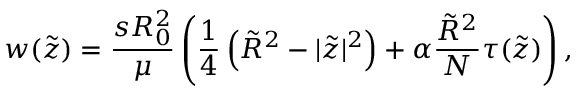
w ( \tilde { z } ) = \frac { s R _ { 0 } ^ { 2 } } { \mu } \left( \frac { 1 } { 4 } \left( \tilde { R } ^ { 2 } - | \tilde { z } | ^ { 2 } \right) + \alpha \frac { \tilde { R } ^ { 2 } } { N } \tau ( \tilde { z } ) \right) ,